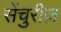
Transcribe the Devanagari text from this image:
सेंचुरीज़